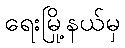
ရေးမြို့နယ်မှ